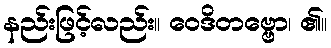
နည်းဖြင့်လည်း။ ဝေဒိတဗ္ဗော၊ ၏။